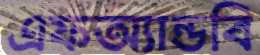
এফঅ্যান্ডবি